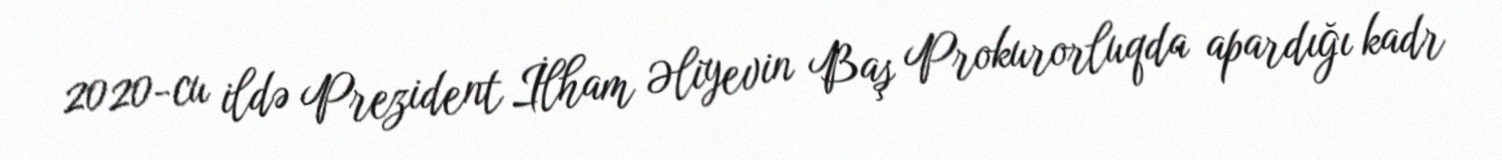
2020-cu ildə Prezident İlham Əliyevin Baş Prokurorluqda apardığı kadr